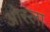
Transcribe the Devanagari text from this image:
ओस्ला